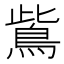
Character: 鴜